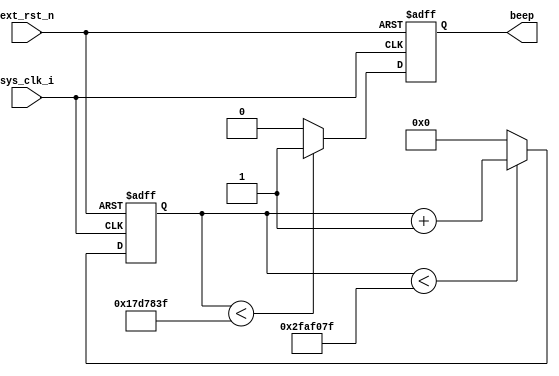
`timescale 1ns / 1ps
//////////////////////////////////////////////////////////////////////////////////
// Company: 
// Engineer: 
// 
// Design Name: 
// Module Name: russ
// Project Name: 
// Target Devices: 
// Tool Versions: 
// Description: 
// 
// Dependencies: 
// 
// Revision:
// Revision 0.01 - File Created
// Additional Comments:
// 
//////////////////////////////////////////////////////////////////////////////////

//1Hz
module russ(
            input sys_clk_i,	//50MHz
			input ext_rst_n,	//
			output reg beep		//1--0--	
		);													
//1Hz50MHz20nssys_clk_i
//1000_000_000ns/20ns=50_000_000049_999_999
//-------------------------------------
reg[27:0] cnt;		//20

always @ (posedge sys_clk_i or negedge ext_rst_n)	
	if(!ext_rst_n) cnt <= 28'd0;
	else if(cnt < 28'd49_999_999) cnt <= cnt+1'b1;
	else cnt <= 28'd0;

//-------------------------------------

	//1Hz50%
always @ (posedge sys_clk_i or negedge ext_rst_n) 
	if(!ext_rst_n) beep <= 1'b0;
	else if(cnt < 28'd24_999_999) beep <= 1'b1;	//
	else beep <= 1'b0;		//
    ;
endmodule